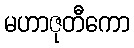
မဟာဇုတီကော